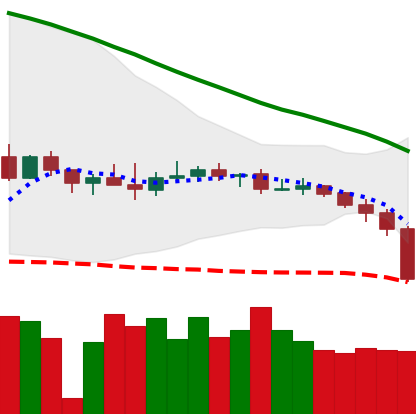
Ticker: XMR-USD
Chart end date: 2019-12-17
Forward return: 5.589%
Label: up_5_7